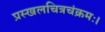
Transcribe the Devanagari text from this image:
प्रस्खलचित्रचंक्रमः।